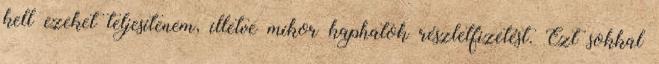
kell ezeket teljesítenem, illetve mikor kaphatok részletfizetést. Ezt sokkal